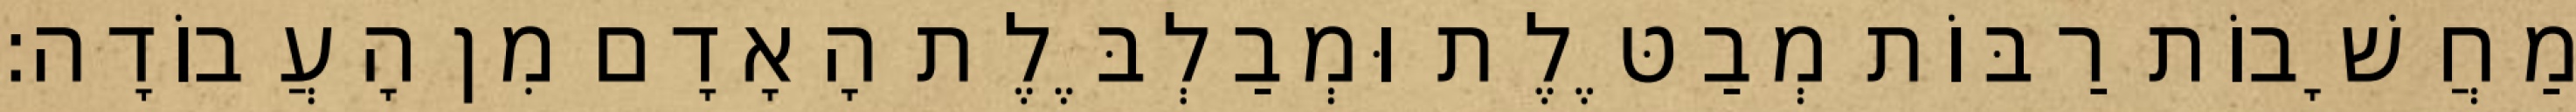
מַחֲשָׁבוֹת רַבּוֹת מְבַטֶּלֶת וּמְבַלְבֶּלֶת הָאָדָם מִן הָעֲבוֹדָה: